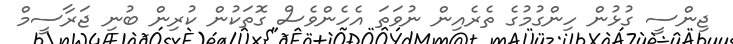
ޖިންސީ ގުޅުން ހިންގުމުގެ ތެރެއިން ނުވަތަ އެހެންވެސް ގޮތަކުން ކުރިން ބުނި ޖަރާސީމް